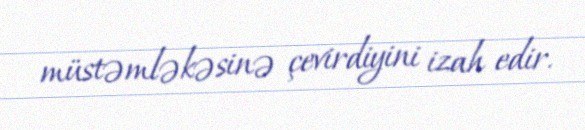
müstəmləkəsinə çevirdiyini izah edir.